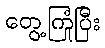
တွေ့ကြုံပြီး